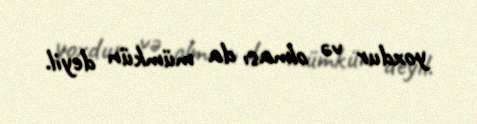
yoxdur və olması da mümkün deyil.